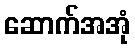
ဆောက်အအုံ